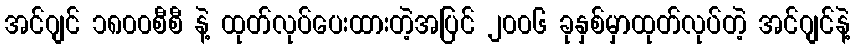
အင်ဂျင် ၁၈၀၀စီစီ နဲ့ ထုတ်လုပ်ပေးထားတဲ့အပြင် ၂၀၀၆ ခုနှစ်မှာထုတ်လုပ်တဲ့ အင်ဂျင်နဲ့